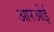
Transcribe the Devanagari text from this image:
आरओई